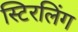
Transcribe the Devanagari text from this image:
स्टिरलिंग